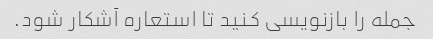
جمله را بازنویسی کنید تا استعاره آشکار شود.